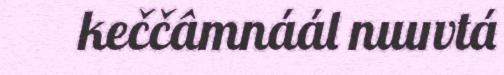
keččâmnáál nuuvtá